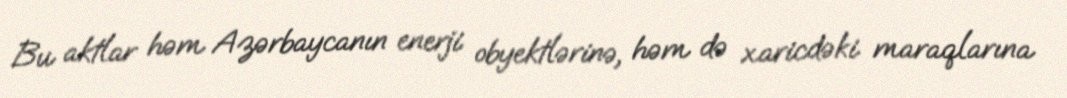
Bu aktlar həm Azərbaycanın enerji obyektlərinə, həm də xaricdəki maraqlarına